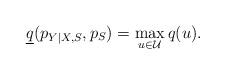
LaTeX: \begin{align*}\underline{q}(p_{Y|X,S},p_S)=\max\limits_{u\in\mathcal{U}}q(u).\end{align*}